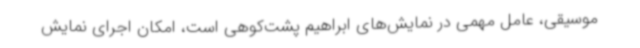
موسیقی، عامل مهمی در نمایش‌های ابراهیم پشت‌کوهی است، امکان اجرای نمایش